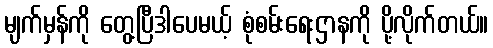
မျက်မှန်ကို တွေ့ပြီဒါပေမယ့် စုံစမ်းရေးဌာနကို ပို့လိုက်တယ်။